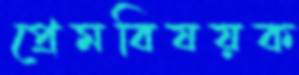
প্রেমবিষয়ক